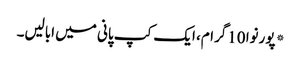
* پورنوا 10گرام، ایک کپ پانی میں ابالیں۔